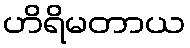
ဟိရိမတာယ